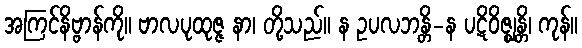
အကြင်နိဗ္ဗာန်ကို။ ဗာလပုထုဇ္ဇ နာ၊ တို့သည်။ န ဥပလဘန္တိ-န ပဋိဝိဇ္ဈန္တိ၊ ကုန်။